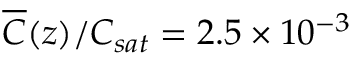
\overline { { C } } ( z ) / C _ { s a t } = 2 . 5 \times 1 0 ^ { - 3 }